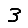
Digit: 3